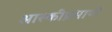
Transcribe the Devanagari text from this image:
आस्कीप्रमाणे